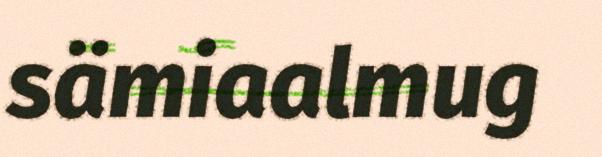
sämiaalmug